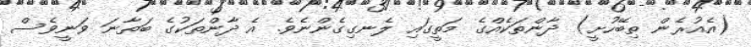
(އެއުރެން ތިބޭހުށީ) ދާންތަކެއްގެ މަތީގައި ލެނގިގެންނެވެ. އެ ދާންތަކުގެ ބަތާނަ ވަނީވެސް